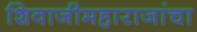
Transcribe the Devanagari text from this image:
शिवाजीमहाराजांचा